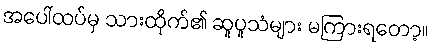
အပေါ်ထပ်မှ သားထိုက်၏ ဆူပူသံများ မကြားရတော့။